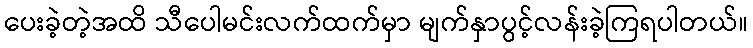
ပေးခဲ့တဲ့အထိ သီပေါမင်းလက်ထက်မှာ မျက်နှာပွင့်လန်းခဲ့ကြရပါတယ်။